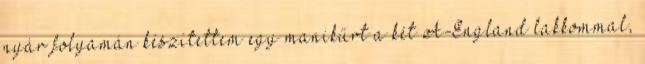
nyár folyamán készítettem egy manikűrt a két A-England lakkommal,